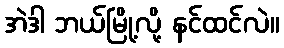
အဲဒါ ဘယ်မြို့လို့ နင်ထင်လဲ။